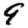
Digit: 9